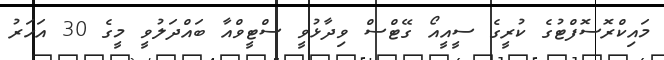
މައިކްރޮސޮފްޓުގެ ކުރީގެ ސީއީއޯ ގޭޓްސް ވިދާޅުވީ ސްޓީވްއާ ބައްދަލުވީ މީގެ 30 އަހަރު